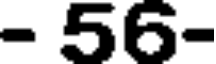
- 56-